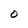
Character: O